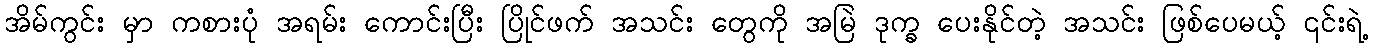
အိမ်ကွင်း မှာ ကစားပုံ အရမ်း ကောင်းပြီး ပြိုင်ဖက် အသင်း တွေကို အမြဲ ဒုက္ခ ပေးနိုင်တဲ့ အသင်း ဖြစ်ပေမယ့် ၎င်းရဲ့